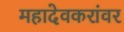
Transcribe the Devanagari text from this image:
महादेवकरांवर